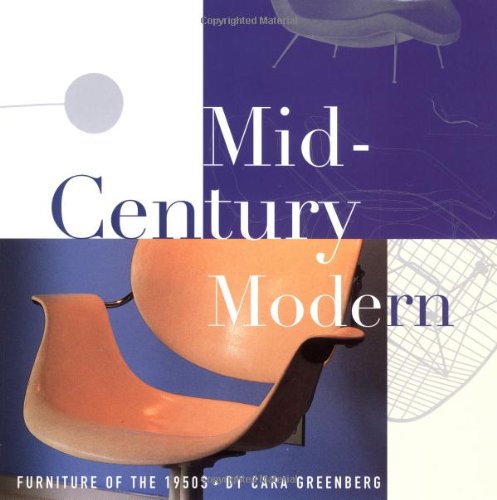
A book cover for Mid-Century Modern: Furniture of the 1950s; Cara Greenberg; Arts & Photography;